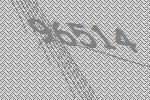
96514